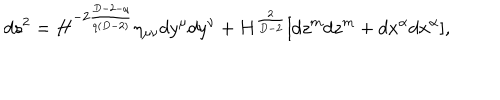
d s ^ { 2 } = H ^ { - 2 \frac { D - 2 - q } { q ( D - 2 ) } } \eta _ { \mu \nu } d y ^ { \mu } d y ^ { \nu } + H ^ { \frac { 2 } { D - 2 } } [ d z ^ { m } d z ^ { m } + d x ^ { \alpha } d x ^ { \alpha } ] ,